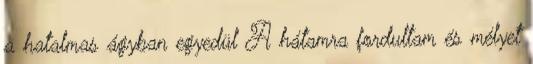
a hatalmas ágyban egyedül A hátamra fordultam és mélyet